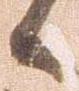
候